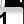
Digit: 1